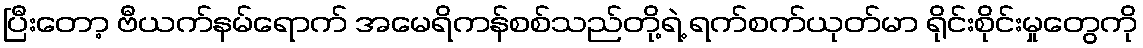
ပြီးတော့ ဗီယက်နမ်ရောက် အမေရိကန်စစ်သည်တို့ရဲ့ ရက်စက်ယုတ်မာ ရိုင်းစိုင်းမှုတွေကို